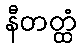
နီတတ္ထံ